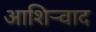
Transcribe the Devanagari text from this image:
आशिर्‍वाद